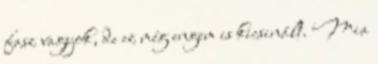
fasz vagyok, de ez még engem is kicsinált. Mia